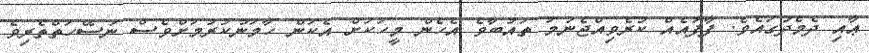
ޢާއި ދެމެދުގައެވެ. ފާފައެއް ކުރެވިއްޖެނަމަ ތައުބާވެ އެހެން މީހަކަށް އެކަން ހާމަނުކުރުމަށްވެސް ނަސޭހަތްތެރިވެ